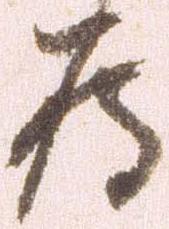
為